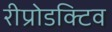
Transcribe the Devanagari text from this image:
रीप्रोडक्टिव